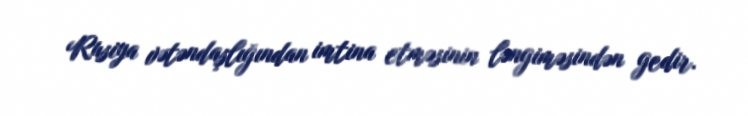
Rusiya vətəndaşlığından imtina etməsinin ləngiməsindən gedir.